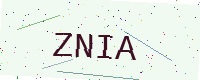
Text: ZNIA